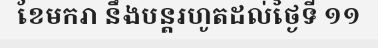
ខែមករា នឹងបន្តរហូតដល់ថ្ងៃទី ១១